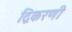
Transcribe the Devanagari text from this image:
द्विकरणी